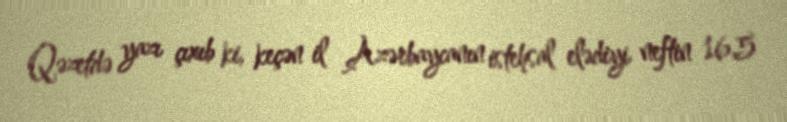
Qəzetdə yazı çıxıb ki, keçən il Azərbaycanın istehsal elədiyi neftin 16,5